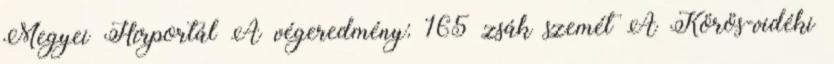
Megyei Hírportál A végeredmény: 165 zsák szemét A Körös-vidéki